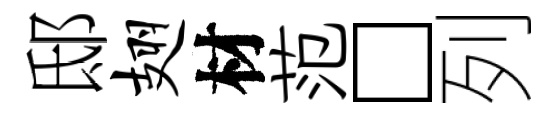
邸翅材范□列